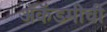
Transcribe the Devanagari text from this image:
ॲकॅडमीची